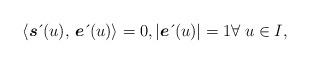
LaTeX: \begin{align*}\langle \boldsymbol{s}\,\acute{}\,(u),\, \boldsymbol{e}\,\acute{}\,(u)\rangle=0,\left \vert \boldsymbol{e}\,\acute{}\,(u)\right \vert =1\forall \;u\in I,\end{align*}